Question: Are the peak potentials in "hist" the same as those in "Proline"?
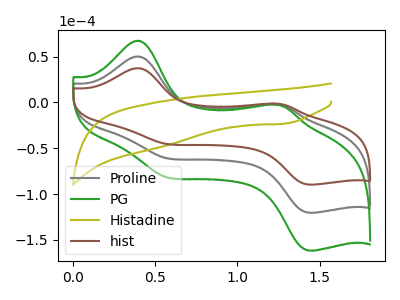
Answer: <think>The gray curve "Proline" has anodic peaks at (0.40V, 50.15uA) (1.25V, -1.70uA) and cathodic peaks at (0.55V, -59.90uA) (1.45V, -120.25uA). The green curve "PG" has anodic peaks at (0.40V, 100.35uA) (1.25V, -3.40uA) and cathodic peaks at (0.55V, -119.85uA) (1.45V, -240.50uA). The olive curve "Histadine" has a cathodic peak at: (1.25V, -23.40uA). The brown curve "hist" has anodic peaks at (0.40V, 37.35uA) (1.25V, -1.25uA) and cathodic peaks at (0.55V, -44.60uA) (1.45V, -89.55uA).</think>
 <answer>Yes, "hist" have a peak in "Proline" at the same potential.</answer>
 <eval>match</eval>